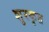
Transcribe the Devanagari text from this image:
शुरकृत